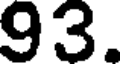
93.